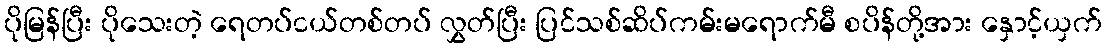
ပိုမြန်ပြီး ပိုသေးတဲ့ ရေတပ်ငယ်တစ်တပ် လွှတ်ပြီး ပြင်သစ်ဆိပ်ကမ်းမရောက်မီ စပိန်တို့အား နှောင့်ယှက်